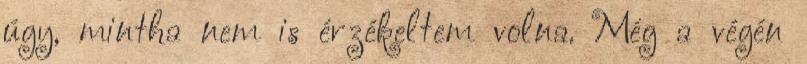
úgy, mintha nem is érzékeltem volna. Még a végén